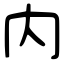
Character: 内